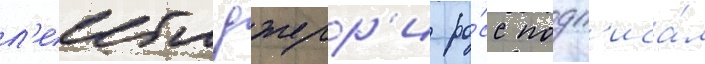
л'еибла джерр'и ро́сс подп'иса́л